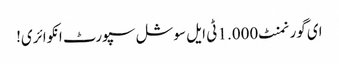
ای گورنمنٹ 1.000 ٹی ایل سوشل سپورٹ انکوائری!